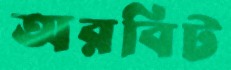
অরবিট